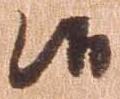
候